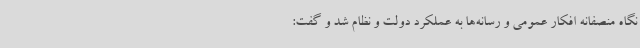
نگاه منصفانه افکار عمومی و رسانه‌ها به عملکرد دولت و نظام شد و گفت: